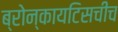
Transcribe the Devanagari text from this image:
ब्रोन्कायटिसचीच